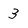
Character: 3